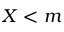
X < m